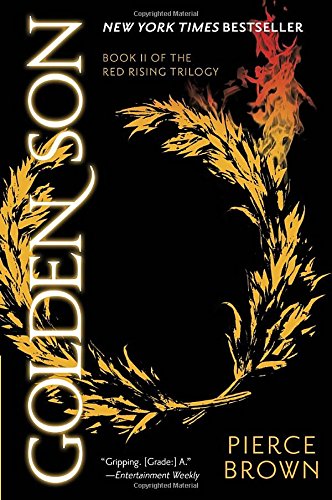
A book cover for Golden Son: Book II of The Red Rising Trilogy; Pierce Brown; Science Fiction & Fantasy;